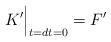
LaTeX: \begin{align*}K' \Big|_{t=d t = 0} = F'\end{align*}